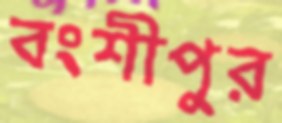
বংশীপুর